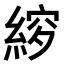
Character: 𮈠